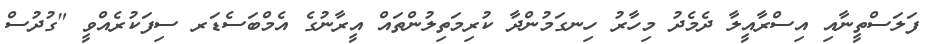
ފަލަސްތީނާއި އިސްރާއީލާ ދެމެދު މިހާރު ހިނގަމުންދާ ކުރިމަތިލުންތައް އީރާނުގެ އެމްބަސެޑަރ ސިފަކުރެއްވީ "ގުދުސް